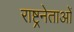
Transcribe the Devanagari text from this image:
राष्ट्रनेताओं